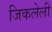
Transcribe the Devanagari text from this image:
जिकलेली